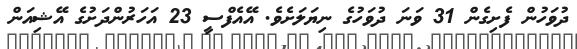
ދުވަހުން ފެށިގެން 31 ވަނަ ދުވަހުގެ ނިޔަލަށެވެ. އޭއެފްސީ 23 އަހަރުންދަށުގެ އޭޝިއަން